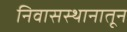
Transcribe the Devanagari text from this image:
निवासस्थानातून